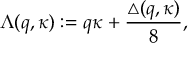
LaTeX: \Lambda ( q , \kappa ) : = q \kappa + \frac { \triangle ( q , \kappa ) } { 8 } ,